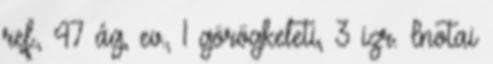
ref., 47 ág, ev., 1 görögkeleti, 3 izr. Inotai